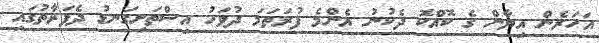
އަހަރެން އިޔާން ގެ ކޮއްކޮ ދެކުނު އެންމެ ފުރަތަމަ ދުވަހު އިސްތަށިގަނޑު ދެފަރާތުގައި